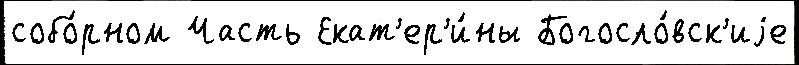
собо́рном Часть Екат'ер'и́ны Богосло́вск'иjе